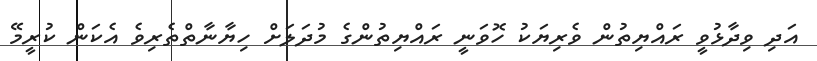
އަދި ވިދާޅުވީ ރައްޔިތުން ވެރިޔަކު ހޮވަނީ ރައްޔިތުންގެ މުދަލަށް ހިޔާނާތްތެރިވެ އެކަން ކުރީމޭ